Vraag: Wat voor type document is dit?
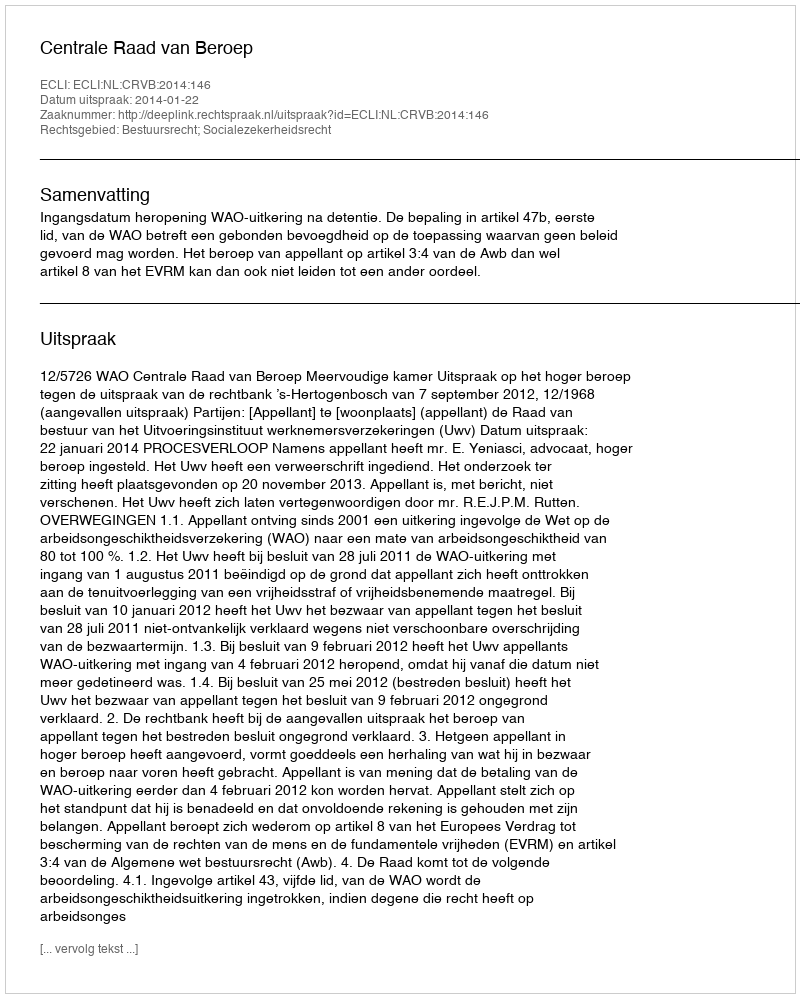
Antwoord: Uitspraak